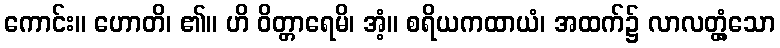
ကောင်း။ ဟောတိ၊ ၏။ ဟိ ဝိတ္တာရေမိ၊ အံ့။ စရိယကထာယံ၊ အထက်၌ လာလတ္တံ့သော